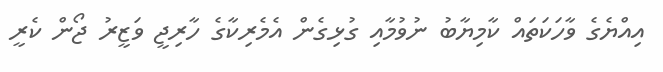
އިއްޔެގެ ވާހަކަތައް ކާމިޔާބު ނުވުމާއި ގުޅިގެން އެމެރިކާގެ ހާރިޖީ ވަޒީރު ޖޯން ކެރީ